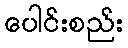
ပေါင်းစည်း